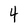
Character: 4